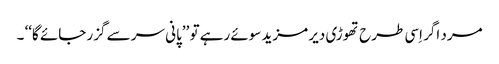
مرد اگر اِسی طرح تھوڑی دیر مزید سوئے رہے تو ’’پانی سر سے گزر جائے گا‘‘ ۔